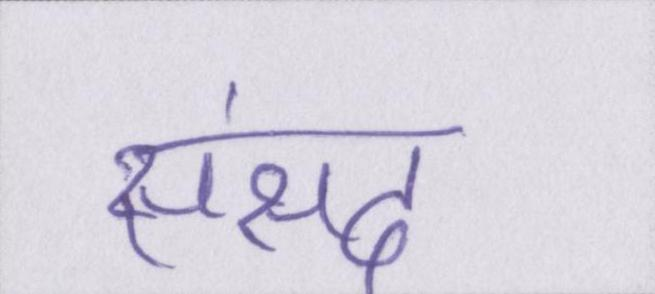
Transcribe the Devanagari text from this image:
संसद